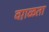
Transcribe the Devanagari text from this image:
वग़ळता